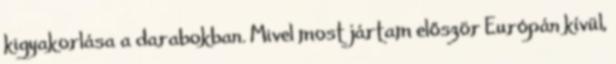
kigyakorlása a darabokban. Mivel most jártam először Európán kívül,